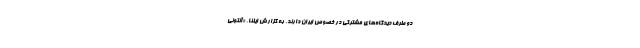
دو طرف دیدگاه‌های مشترکی در خصوص ایران دارند. به گزارش ایلنا، «آنتونی